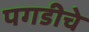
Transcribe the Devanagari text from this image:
पगडीचे